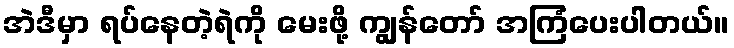
အဲဒီမှာ ရပ်နေတဲ့ရဲကို မေးဖို့ ကျွန်တော် အကြံပေးပါတယ်။